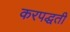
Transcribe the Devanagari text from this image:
करपद्धती